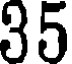
35